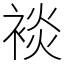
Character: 裧